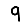
Digit: 9